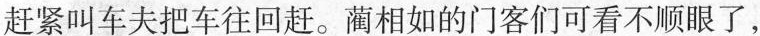
赶紧叫车夫把车往回赶。蔺相如的门客们可看不顺眼了，